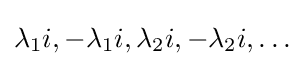
\lambda _{1}i,-\lambda _{1}i,\lambda _{2}i,-\lambda _{2}i,\ldots